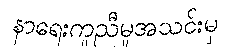
နာရေးကူညီမှုအသင်းမှ